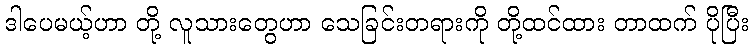
ဒါပေမယ့်ဟာ တို့ လူသားတွေဟာ သေခြင်းတရားကို တို့ထင်ထား တာထက် ပိုပြီး